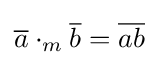
{\overline {a}}\cdot _{m}{\overline {b}}={\overline {ab}}